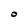
Character: O